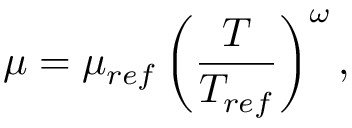
\mu = \mu _ { r e f } \left( \frac { T } { T _ { r e f } } \right) ^ { { \omega } } ,